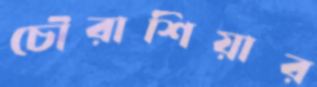
চৌরাশিয়ার